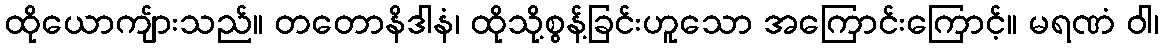
ထိုယောကျ်ားသည်။ တတောနိဒါနံ၊ ထိုသို့စွန့်ခြင်းဟူသော အကြောင်းကြောင့်။ မရဏံ ဝါ၊